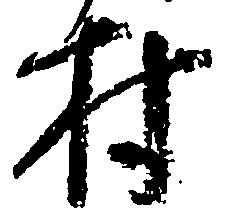
村